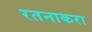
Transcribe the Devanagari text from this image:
रतनाकरा